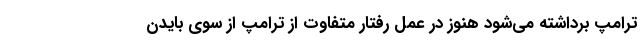
ترامپ برداشته می‌شود هنوز در عمل رفتار متفاوت از ترامپ از سوی بایدن